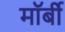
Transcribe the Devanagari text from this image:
मॉर्बी